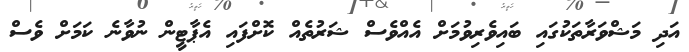
އަދި މަޝްވަރާތަކުގައި ބައިވެރިވުމަށް އެއްވެސް ޝަރުތެއް ކޮށްފައި އެޕާޓީން ނުވާނެ ކަމަށް ވެސް